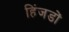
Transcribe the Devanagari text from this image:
हिंजडों